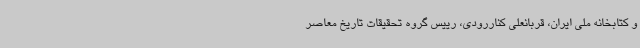
و کتابخانه ملی ایران، قربانعلی کناررودی، رییس گروه تحقیقات تاریخ معاصر